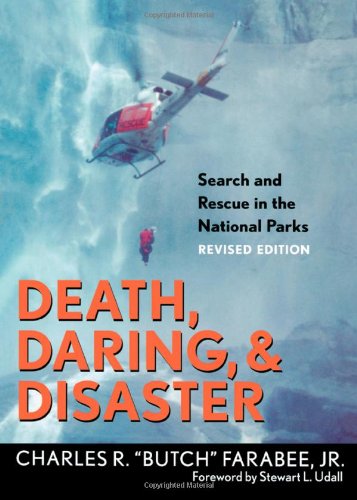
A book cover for Death, Daring, & Disaster -  Search and Rescue in the National Parks (Revised Edition); Charles R. "Butch" Farabee Jr.; Crafts, Hobbies & Home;